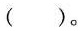
()。